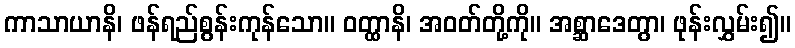
ကာသာယာနိ၊ ဖန်ရည်စွန်းကုန်သော။ ဝတ္ထာနိ၊ အဝတ်တို့ကို။ အစ္ဆာဒေတွာ၊ ဖုန်းလွှမ်း၍။